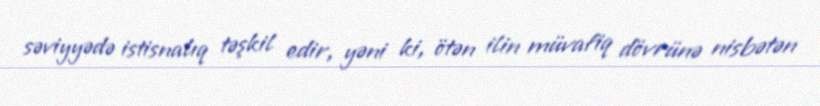
səviyyədə istisnalıq təşkil edir, yəni ki, ötən ilin müvafiq dövrünə nisbətən